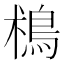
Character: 𩿯